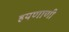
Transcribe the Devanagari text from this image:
हयणाणी